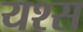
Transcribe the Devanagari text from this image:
यश्स